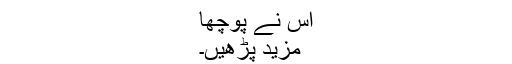
اس نے پوچھا
مزید پڑھیں۔